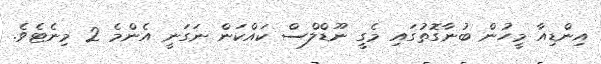
އިންޑިއާ މީހުން ބުނާގޮތުގައި މެގީ ނޫޑްލްސް ކައްކަން ނަގަނީ އެންމެ 2 މިނެޓެވެ.